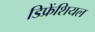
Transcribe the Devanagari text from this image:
डिफ्रेंशियल